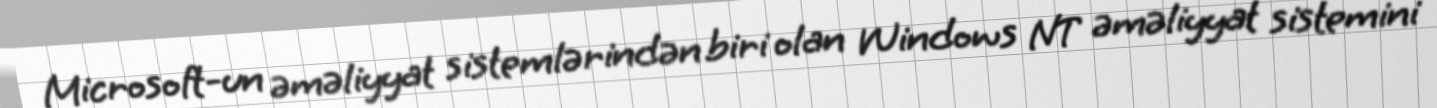
Microsoft-un əməliyyat sistemlərindən biri olan Windows NT əməliyyat sistemini